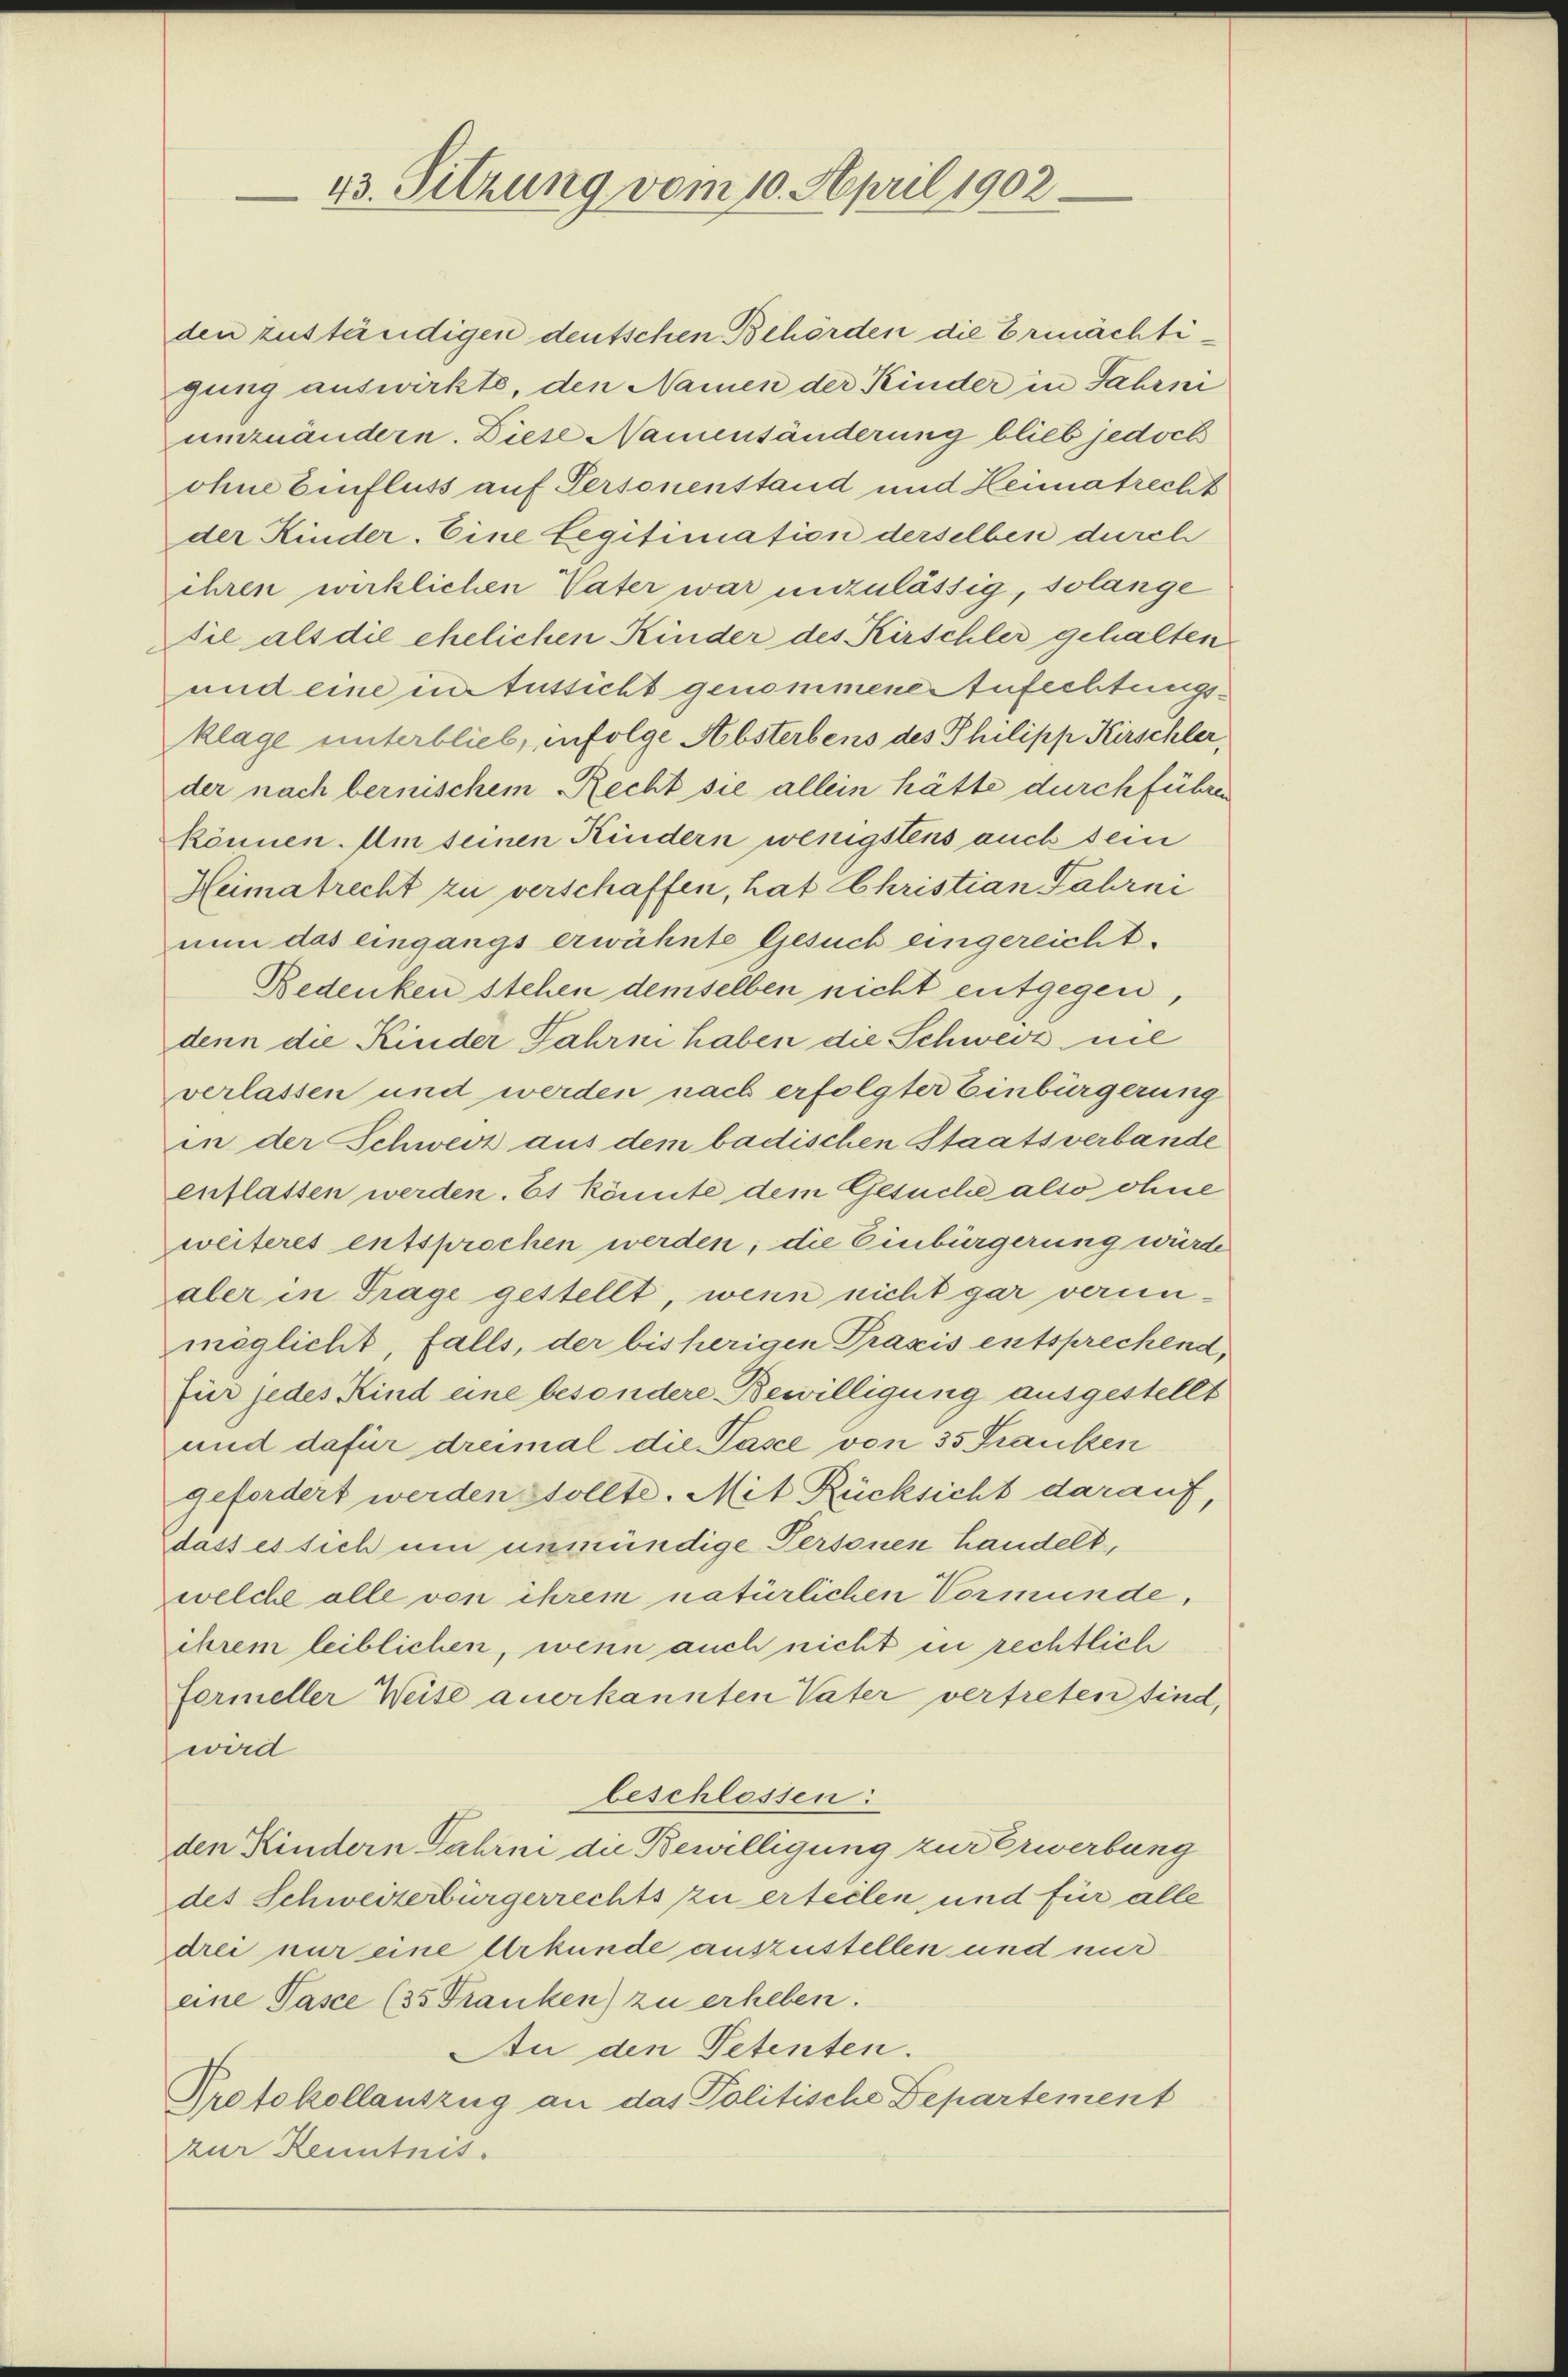
43. Sitzung vom 10. April 1902.

den zuständigen deutschen Behörden die Ermächtigung auswirkte, den Namen der Kinder in Jahrni
umzuändern. Diese Namensänderung blieb jedoch
ohne Einfluss auf Personenstand und Heimatrecht
der Kinder. Eine Legitimation derselben durch
ihren wirklichen Vater war unzulässig, solange
sil als die ehelichen Kinder des Kirschler gehalten
und eine intussicht genommene Stufechtungsklage unterblieb, infolge Absterbens des Philipp Kirschler,
der nach bernischem Recht sie allein hätte durchführen
können. Am seinen Kindern wenigstens auch sein
Heimatrecht zu verschaffen, hat Christian Fahrni
nun das eingangs erwähnte Gesuch eingereicht.
Bedenken stehen demselben nicht entgegen,
denn die Kinder Jahre haben die Schweiz nie
verlassen und werden nach erfolgter Einbürgerung
in der Schweiz aus dem badischen Staatsverbande
enflassen werden. Es könnte dem Gesuche also ohne
weiteres entsprochen werden; die Einbürgerung wurde
aler in Trage gestellt, wenn nicht gar verun-
möglicht, falls, der bisherigen Praxis entsprechend,
für jedes Kind eine besondere Bewilligung ausgestellt
und dafür dreimal die Pasce von 35 Franken
gefordert werdens sollte. Mit Rücksicht darauf,
dass es sich um unmündige Personen handelt,
welche alle von ihrem natürlichen Vormunde,
ihrem leiblichen, wenn auch nicht in rechtlich
Formeller Weise anerkannten Vater vertreten sind,
wird
beschlossen:
den Kindern Fahrni die Bewilligung zur Erwerbung
des Schweizerbürgerrechts zu erteilen und für alle
drei nur eine Urkunde auszustellen und nur
eine Pasce (35 Franken) zu erheben.
An den Petenten.
Protokollauszug an das Politische Departement
zur Kenntnis.